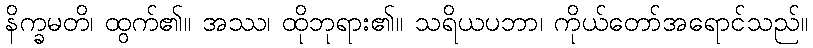
နိက္ခမတိ၊ ထွက်၏။ အဿ၊ ထိုဘုရား၏။ သရိယပဘာ၊ ကိုယ်တော်အရောင်သည်။